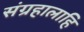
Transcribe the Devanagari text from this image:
संग्रहालाहि